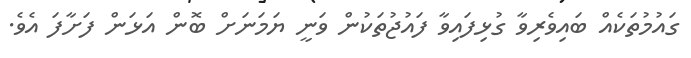
ގައުމުތަކެއް ބައިވެރިވާ ގުޅިފައިވާ ފައުޖުތަކުން ވަނީ ޔަމަނަށް ބޮން އަޅަން ފަށާފަ އެވެ.